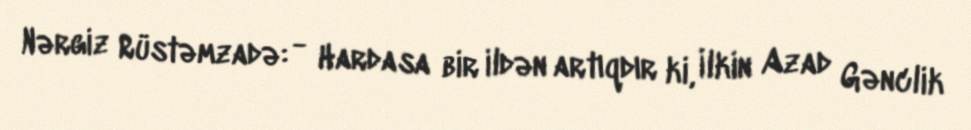
Nərgiz Rüstəmzadə: - Hardasa bir ildən artıqdır ki, İlkin Azad Gənclik